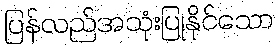
ပြန်လည်အသုံးပြုနိုင်သော